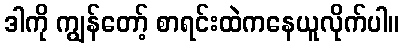
ဒါကို ကျွန်တော့် စာရင်းထဲကနေယူလိုက်ပါ။